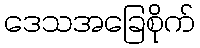
ဒေသအခြေစိုက်